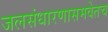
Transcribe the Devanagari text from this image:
जलसंधारणासमवेतच